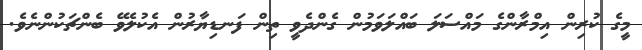
މީގެ ކުރިން އިމްރާންގެ މައްސަލަ ބައްލަަވަމުން ގެންދެވީ ތިން ފަނޑިޔާރުން އެކުލެވޭ ބެންޗަކުންނެވެ.